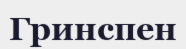
Гринспен